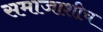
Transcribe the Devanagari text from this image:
समाजाशीच